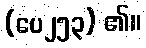
(ပေ၂၅၃) ၏။